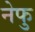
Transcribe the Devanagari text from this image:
नेफु